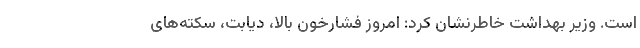
است. وزیر بهداشت خاطرنشان کرد: امروز فشارخون بالا، دیابت، سکته‌‌های